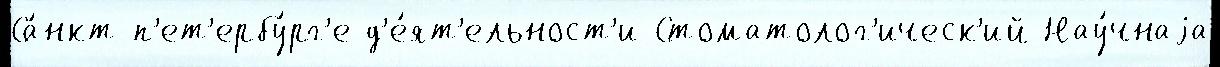
Са́нкт-п'ет'ербу́рг'е д'е́ят'ельност'и Стоматолог'ическ'ий Нау́чнаjа